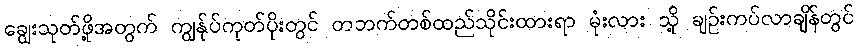
ချွေးသုတ်ဖို့အတွက် ကျွန်ုပ်ကုတ်ပိုးတွင် တဘက်တစ်ထည်သိုင်းထားရာ မုံးလား သို့ ချဉ်းကပ်လာချိန်တွင်